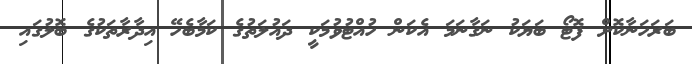
ބަރަހަނާކޮށް ފޮޓޯ ބަޔަކު ނަގާނަމަ އެކަން ހުއްޓުވުމަކީ ދައުލަތުގެ ކަމާބެހޭ އިދާރާތަކުގެ ބޮލުގައި